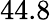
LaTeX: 44.8